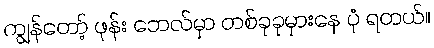
ကျွန်တော့် ဖုန်း ဘေလ်မှာ တစ်ခုခုမှားနေ ပုံ ရတယ်။